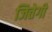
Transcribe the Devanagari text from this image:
जितेगी